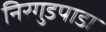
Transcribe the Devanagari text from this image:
निरगुडपाडा